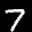
Label: 7